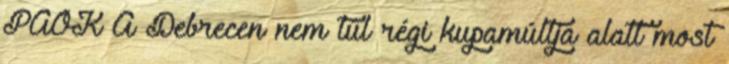
PAOK A Debrecen nem túl régi kupamúltja alatt most